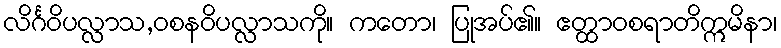
လိင်္ဂဝိပလ္လာသ,ဝစနဝိပလ္လာသကို။ ကတော၊ ပြုအပ်၏။ ဧတ္ထာဝစရာတိဣမိနာ၊